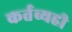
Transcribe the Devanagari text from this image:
कर्तव्यही